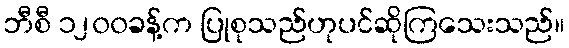
ဘီစီ ၁၂၀၀ခန့်က ပြုစုသည်ဟုပင်ဆိုကြသေးသည်။